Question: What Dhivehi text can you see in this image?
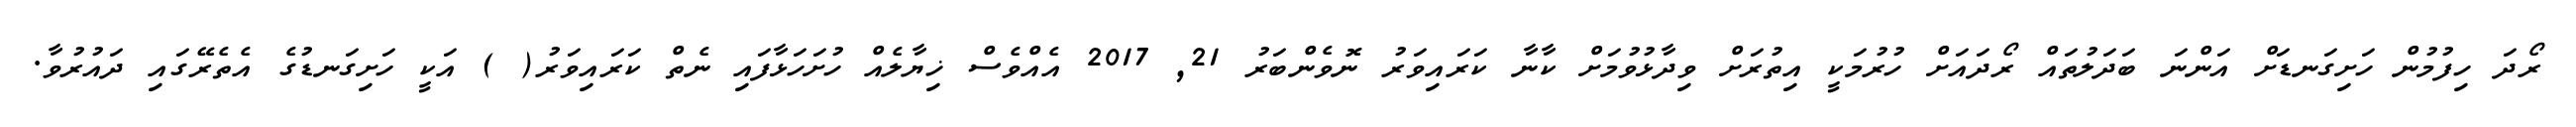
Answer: ރޯދަ ހިފުމުން ހަށިގަނޑަށް އަންނަ ބަދަލުތައް ރޯދައަށް ހުރުމަކީ އިތުރަށް ވިދާޅުވުމަށް ކާނާ ކަރައިވަރު ނޮވެންބަރު 21, 2017 އެއްވެސް ޚިޔާލެއް ހުށަހަޅާފައި ނެތް ކަރައިވަރު( ) އަކީ ހަށިގަނޑުގެ އެތެރޭގައި ދައުރުވާ.